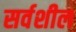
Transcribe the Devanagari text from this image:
सर्वशील